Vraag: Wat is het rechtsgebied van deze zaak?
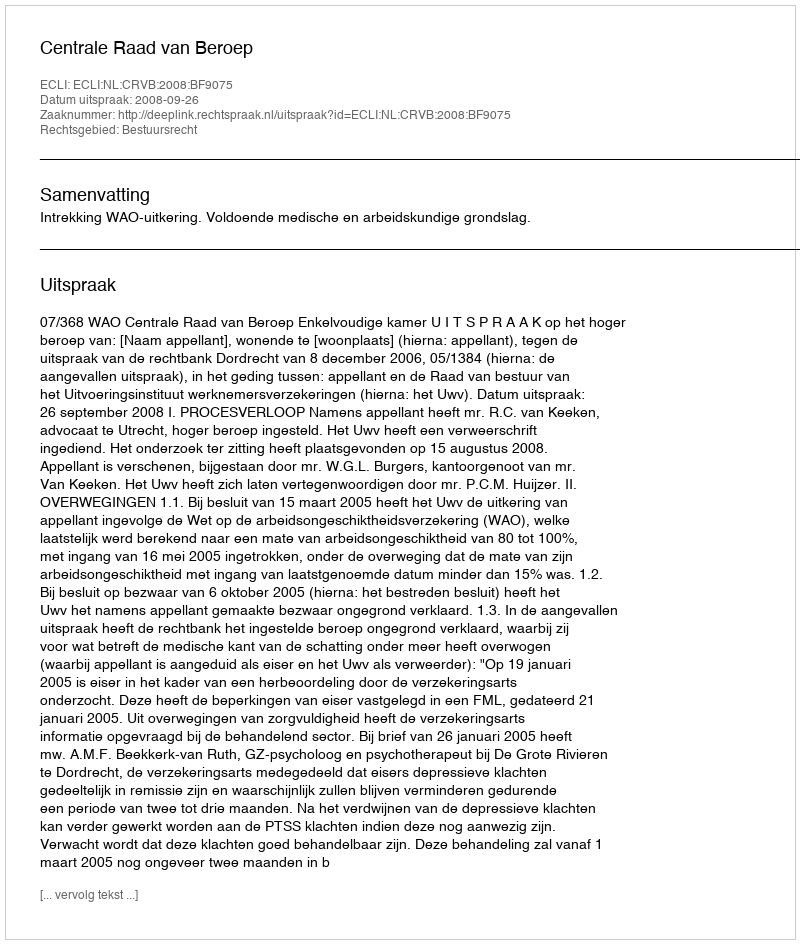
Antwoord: Bestuursrecht